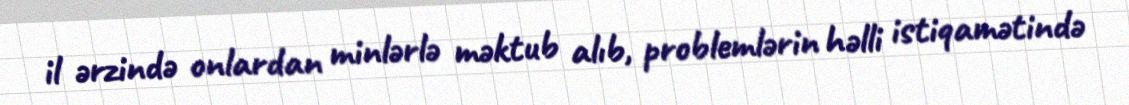
il ərzində onlardan minlərlə məktub alıb, problemlərin həlli istiqamətində